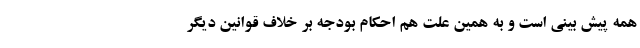
همه پیش بینی است و به همین علت هم احکام بودجه بر خلاف قوانین دیگر